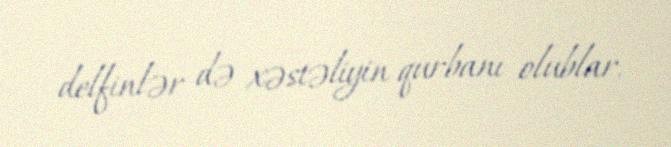
delfinlər də xəstəliyin qurbanı olublar.